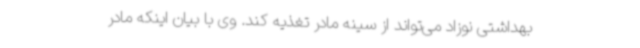
بهداشتی نوزاد می‌تواند از سینه مادر تغذیه کند. وی با بیان اینکه مادر